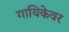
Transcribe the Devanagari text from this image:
गायिकेवर